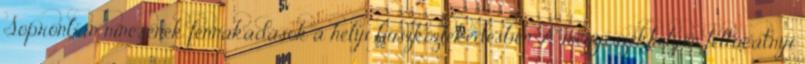
Sopronban nincsenek fennakadások a helyi buszközlekedésben. A megyeszékhelyen féltucatnyi